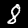
Digit: 8